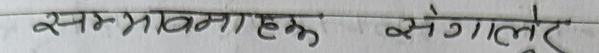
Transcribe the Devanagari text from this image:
सम्भावनाहरू सेगालुरु